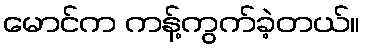
မောင်က ကန့်ကွက်ခဲ့တယ်။